Indian journal of veterinary science and animal husbandry - Volumes 18-21, 1948-1951
Year: 1948
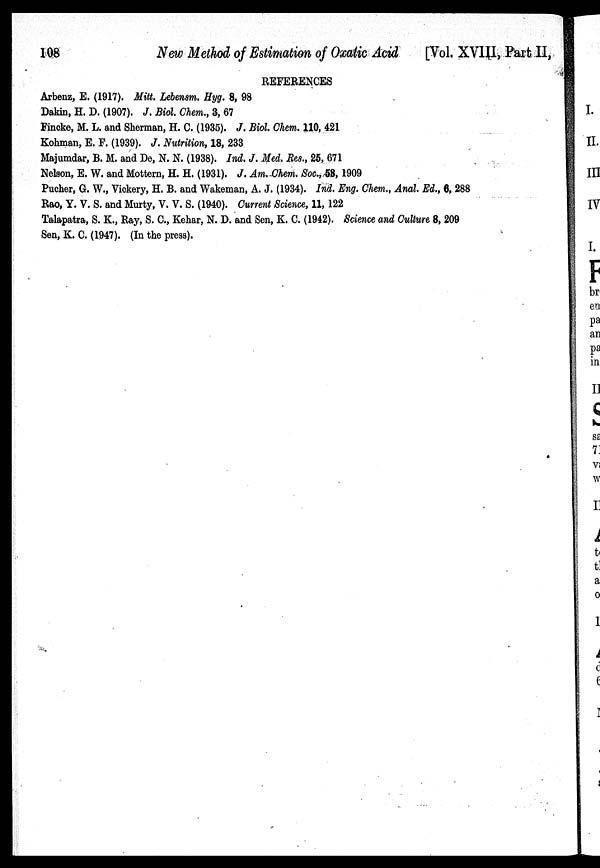
108
New Method 0f Estimation of Oxatic Acid
[Vol. XVIII, Part II,
REFERENCES
Arbenz, E. (1917). Mitt. Lebensm. Hyg. 8, 98
Dakin, H. D. (1907). J. Biol. Chem., 3, 67
Fincke, M. L. and Sherman, H. C. (1935). J. Biol. Chem. 110, 421
Kohman, E. F. (1939). J. Nutrition, 18, 233
Majumdar, B. M. and De, N. N. (1938). Ind. J. Med. Res., 25, 671
Nelson, E. W. and Mottern, H. H. (1931). J. Am. Chem. Soc., 58, 1909
Pucher, G. W., Vickery, H. B. and Wakeman, A. J. (1934). Ind. Eng. Chem., Anal. Ed., 6, 288
Rao, Y. V. S. and Murty, V. V. S. (1940). Current Science, 11, 122
Talapatra, S. K., Ray, S. C., Kehar, N. D. and Sen, K. C. (1942). Science and Culture 8, 209
Sen, K. C. (1947). (In the press).